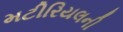
મટીરિયલની